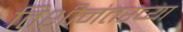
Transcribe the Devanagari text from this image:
तिशीनंतरच्या